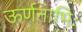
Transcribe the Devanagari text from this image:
ऊर्णनाभिः